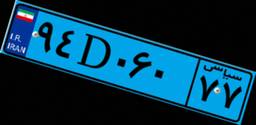
۳۶D۰۶۱۹۷